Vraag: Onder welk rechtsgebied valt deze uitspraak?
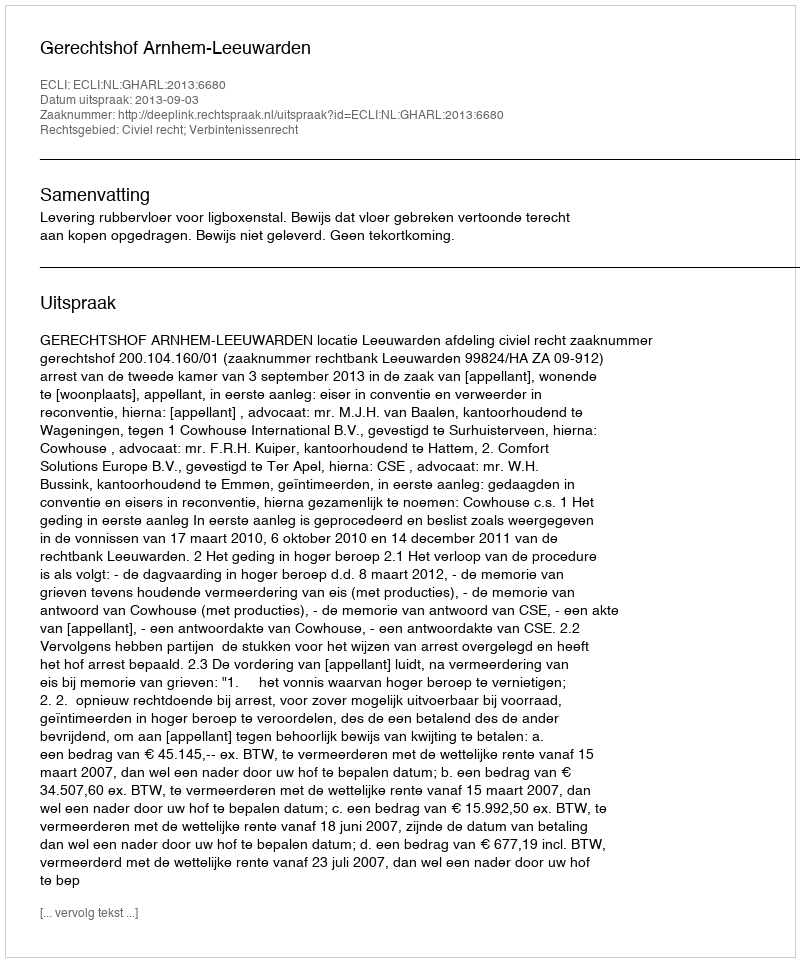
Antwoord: Civiel recht; Verbintenissenrecht